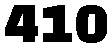
410